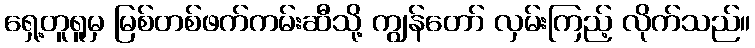
ရှေ့တူရူမှ မြစ်တစ်ဖက်ကမ်းဆီသို့ ကျွန်တော် လှမ်းကြည့် လိုက်သည်။